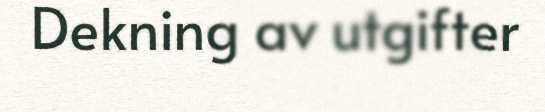
Dekning av utgifter